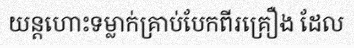
យន្តហោះទម្លាក់គ្រាប់បែកពីរគ្រឿង ដែល